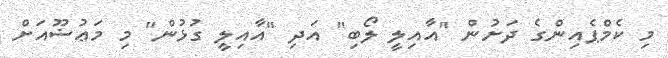
މި ކެެމްޕެއިންގެ ދަށުން "އާއިލީ ލޯބި" އަދި "އާއިލީ ގުޅުން" މި މަޢުޟޫއަށް